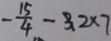
- \frac { 1 5 } { 4 } - 3 2 \times 7